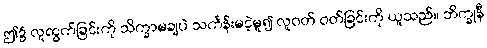
ဤ၌ လူထွက်ခြင်းကို သိက္ခာမချပဲ သင်္ကန်းမငဲ့မူ၍ လူဝတ် ဝတ်ခြင်းကို ယူသည်။ ဘိက္ခုနီ